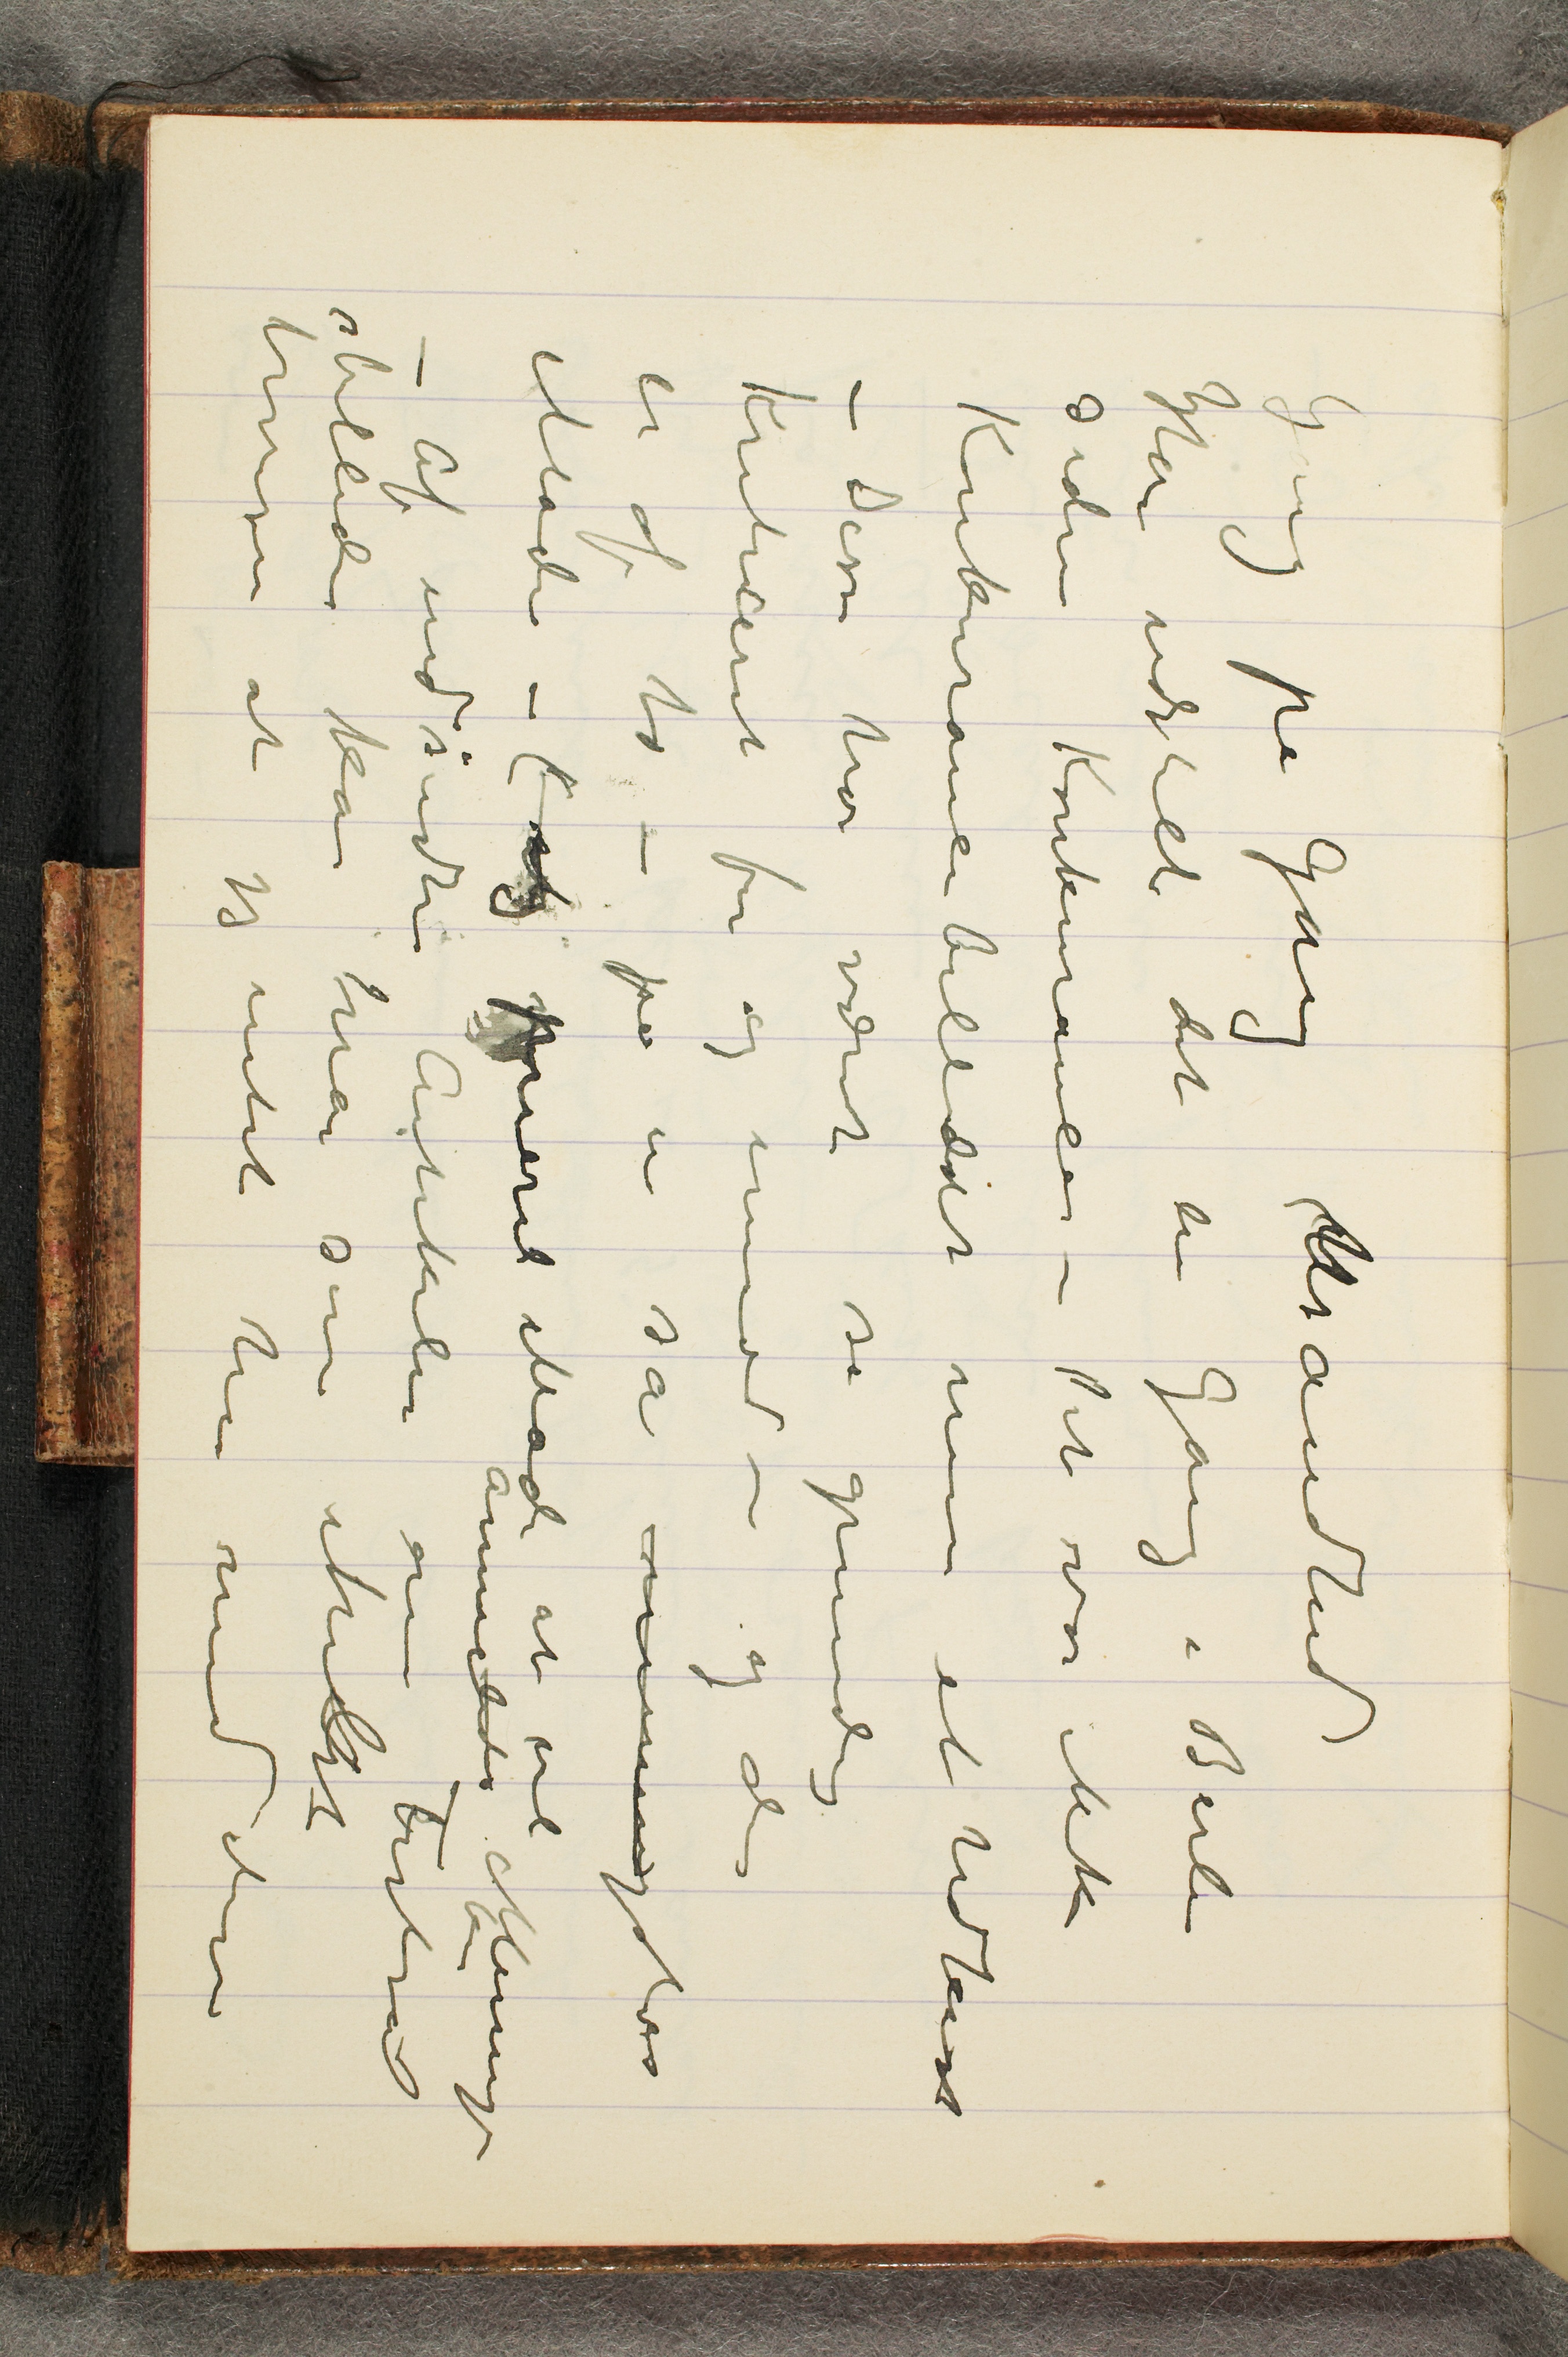
Gang på Gang Usandhed
Har udstilt det en Gang i Berlin
siden Konkurancen – Det var ikke
Konkurancebilledet men et Udkast
– Disse har været så grundig
kriticeret for og imod – og den
er af to –på en så meningsløs
Måde – (og pueril Måde at vel
annerledes Meninge
– Af indsendte Artikler om Festsal
sbillede kan når som helst
bevises at jeg intet har med dem